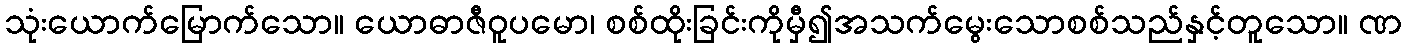
သုံးယောက်မြောက်သော။ ယောဓာဇီဝူပမော၊ စစ်ထိုးခြင်းကိုမှီ၍အသက်မွေးသောစစ်သည်နှင့်တူသော။ ဏ